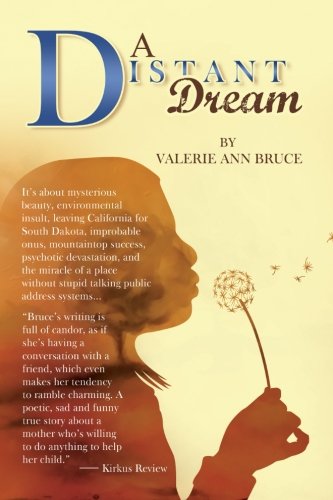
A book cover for A Distant Dream: It's about mysterious beauty, environmental insult, leaving California for South Dakota, improbable onus, mountaintop success, ... stupid talking public address systems...; Valerie Ann Bruce; Biographies & Memoirs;